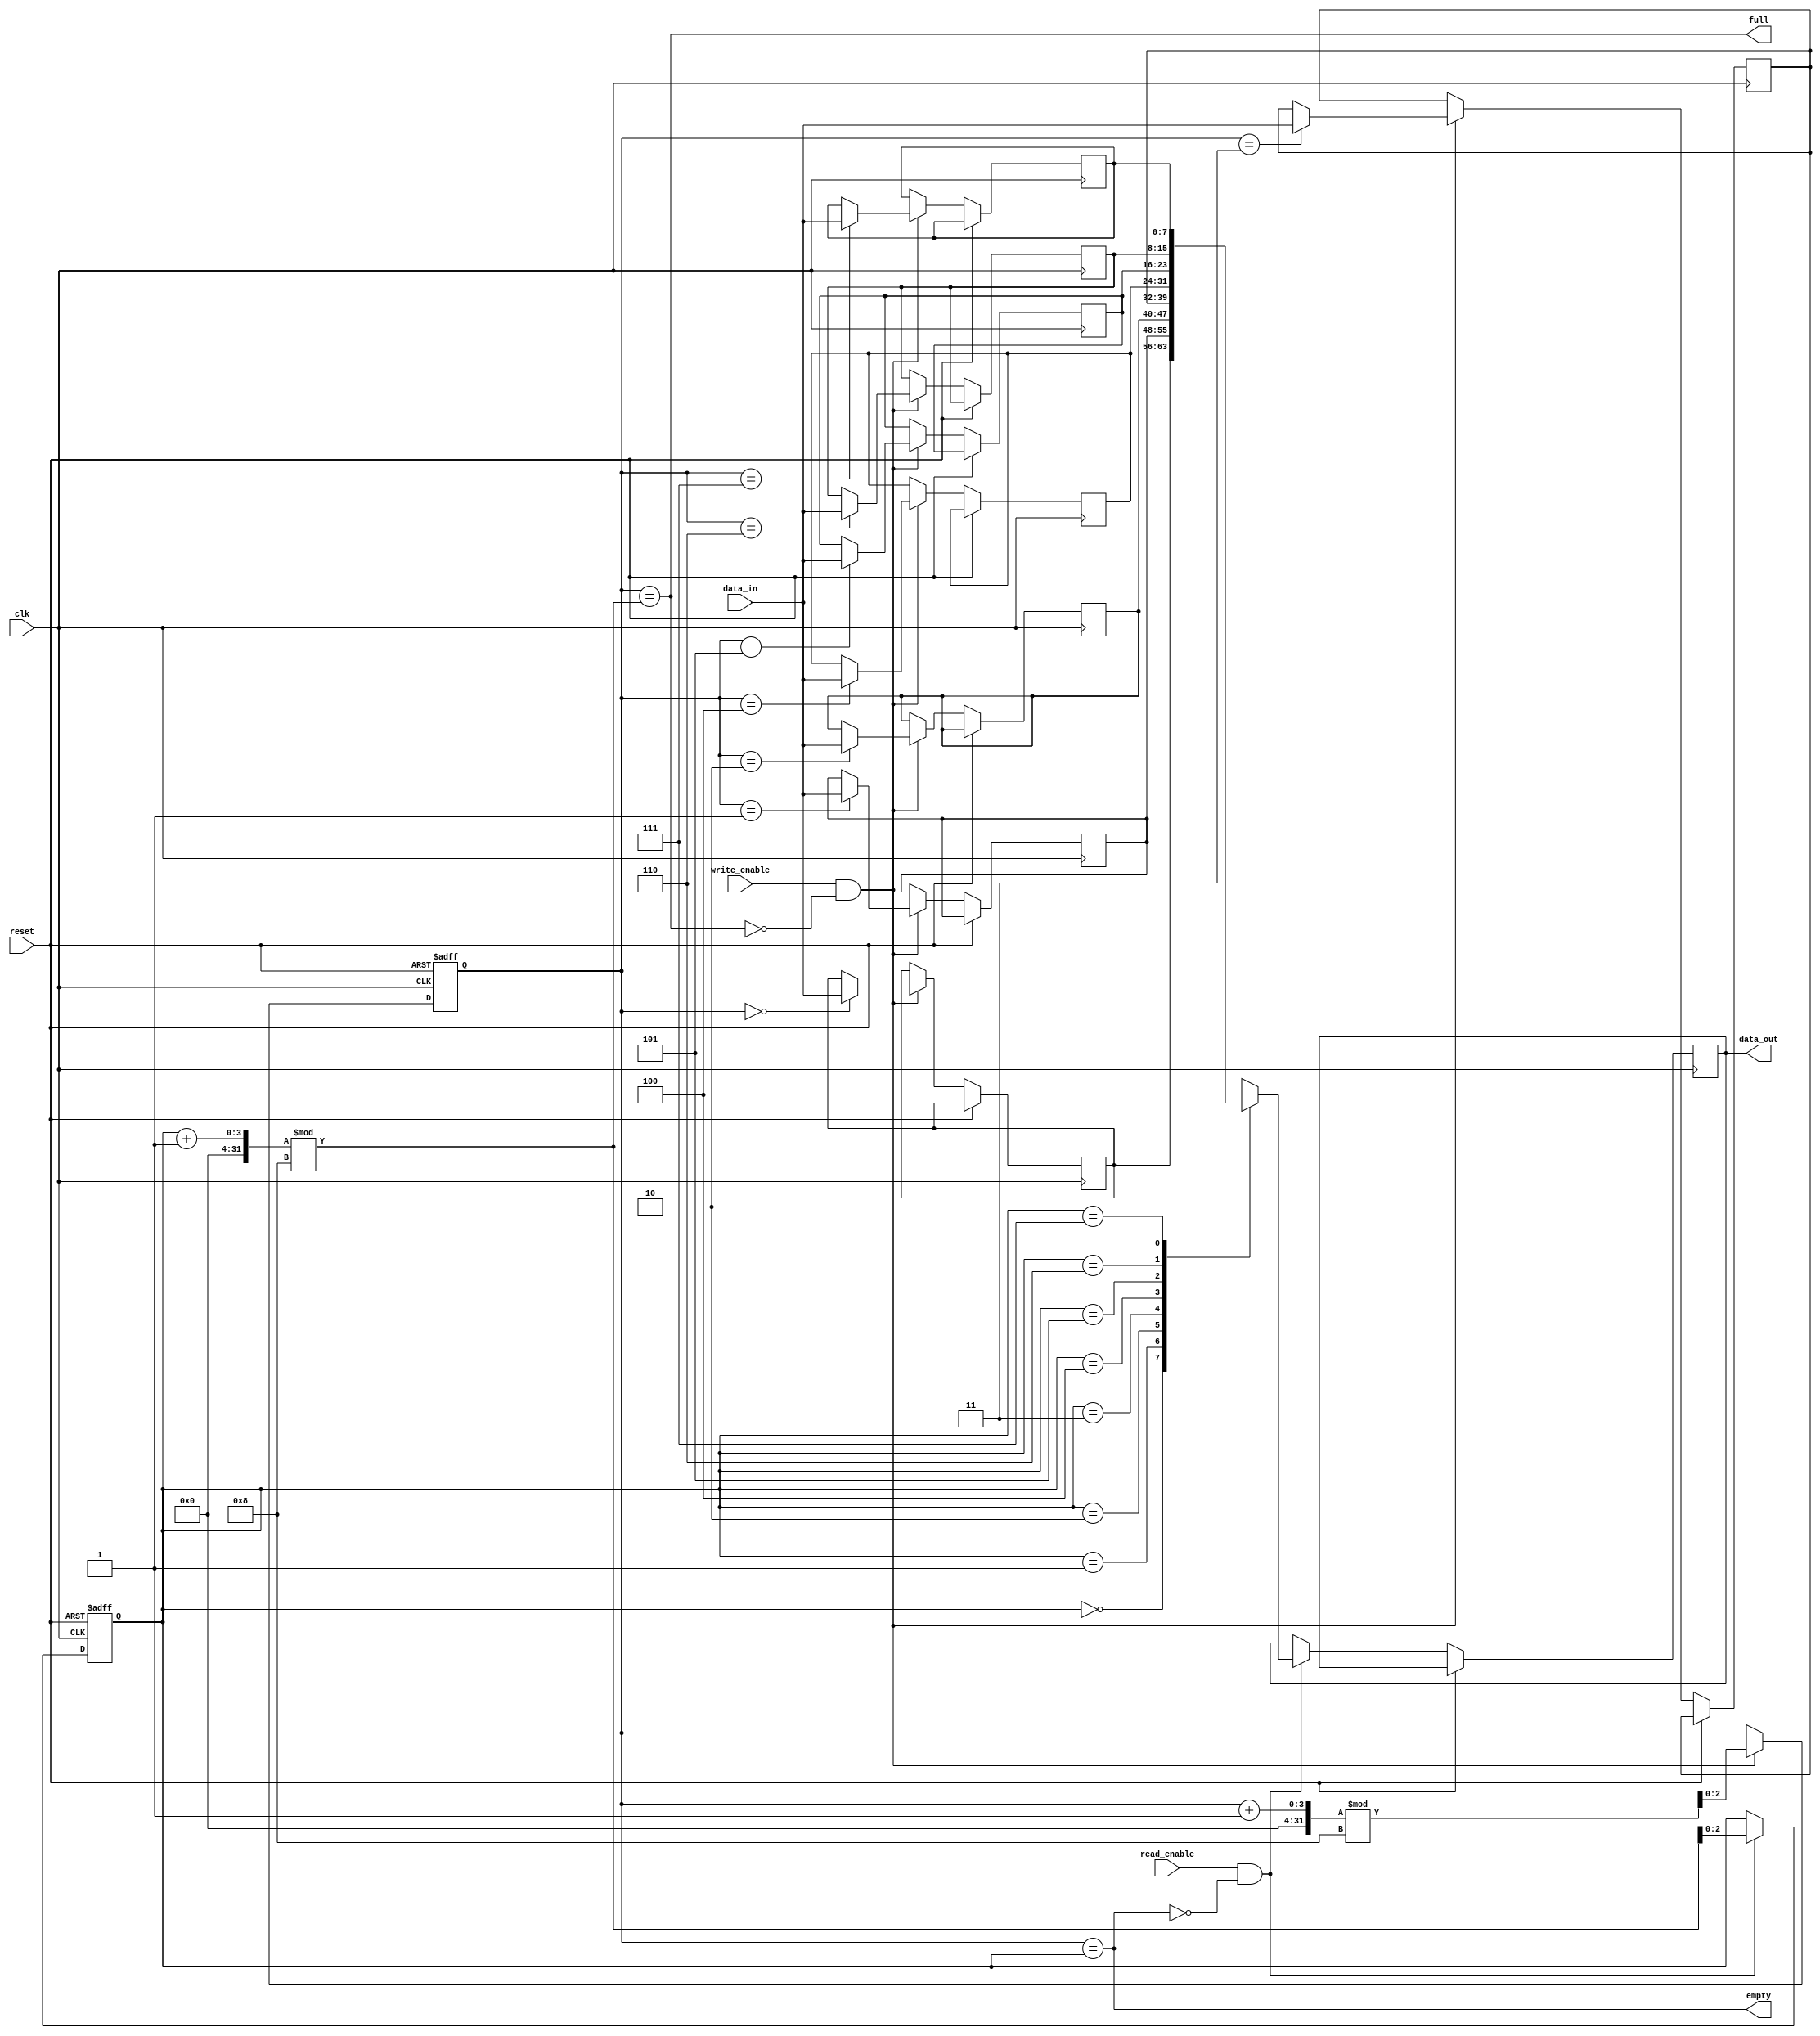
module bidirectional_fifo (
  input wire clk,
  input wire reset,
  input wire write_enable,
  input wire read_enable,
  input wire [7:0] data_in,
  output wire [7:0] data_out,
  output wire full,
  output wire empty
);

reg [7:0] memory [0:7];
reg [2:0] write_ptr = 3'b000;
reg [2:0] read_ptr = 3'b111;

wire full = (write_ptr == ((read_ptr + 1) % 8));
wire empty = (write_ptr == read_ptr);

always @ (posedge clk or posedge reset) begin
  if (reset) begin
    write_ptr <= 3'b000;
    read_ptr <= 3'b111;
  end else begin
    if (write_enable && !full) begin
      memory[write_ptr] <= data_in;
      write_ptr <= (write_ptr + 1) % 8;
    end
    if (read_enable && !empty) begin
      data_out <= memory[read_ptr];
      read_ptr <= (read_ptr + 1) % 8;
    end
  end
end

endmodule